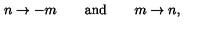
n \rightarrow - m \qquad \mathrm { a n d } \qquad m \rightarrow n ,